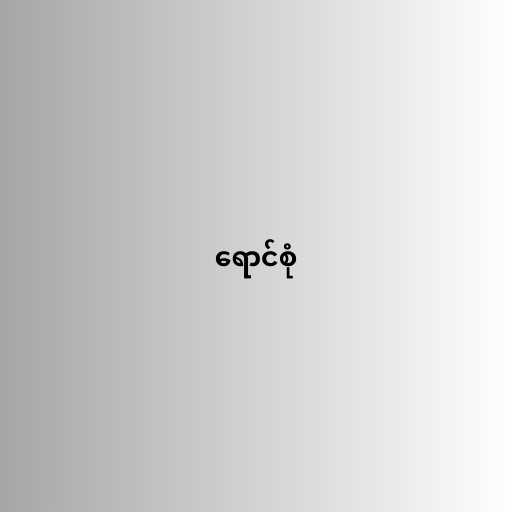
ရောင်စုံ